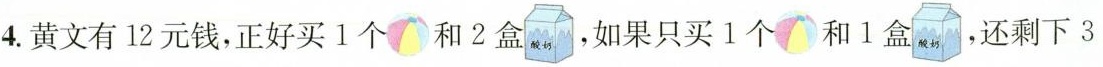
4.黄文有12元钱，正好买1个和2盒，如果只买1个和1盒。 ，还剩下3